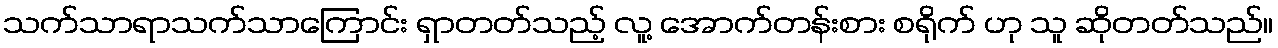
သက်သာရာသက်သာကြောင်း ရှာတတ်သည့် လူ့ အောက်တန်းစား စရိုက် ဟု သူ ဆိုတတ်သည်။